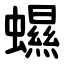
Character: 䗾